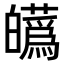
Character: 𤾸